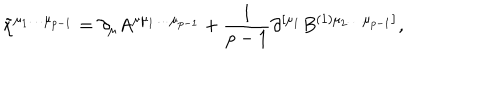
\tilde { \chi } ^ { \mu _ { 1 } \ldots \mu _ { p - 1 } } = \partial _ { \mu } A ^ { \mu \mu _ { 1 } \ldots \mu _ { p - 1 } } + \frac 1 { p - 1 } \partial ^ { \left[ \mu _ { 1 } \right. } B ^ { ( 1 ) \left. \mu _ { 2 } \ldots \mu _ { p - 1 } \right] } ,